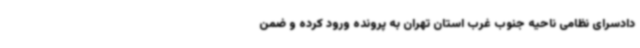
دادسرای نظامی ناحیه جنوب غرب استان تهران به پرونده ورود کرده و ضمن